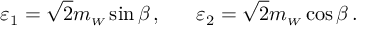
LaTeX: { \varepsilon } _ { 1 } = \sqrt { 2 } m _ { \scriptscriptstyle W } \sin { \beta } \, , \ \ \ \ \ { \varepsilon } _ { 2 } = \sqrt { 2 } m _ { \scriptscriptstyle W } \cos { \beta } \, .